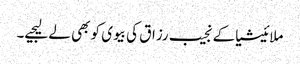
ملائیشیاکے نجیب رزاق کی بیوی کو بھی لے لیجیے۔